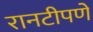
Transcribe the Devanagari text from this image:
रानटीपणे